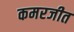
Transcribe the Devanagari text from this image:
कमरजीत